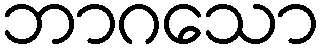
ဘာဂသော